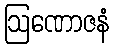
ဩဏောဇနံ